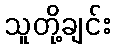
သူတို့ချင်း